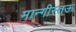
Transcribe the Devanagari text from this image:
मान्गीस्तऊ